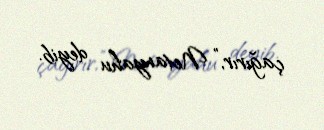
çağırır,” Netanyahu deyib.